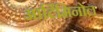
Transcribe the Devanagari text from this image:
आर्टिमिनोल